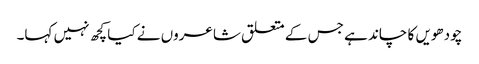
چودھویں کا چاند ہے جس کے متعلق شاعروں نے کیا کچھ نہیں کہا۔